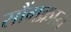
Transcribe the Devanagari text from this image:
सौंगक्रान